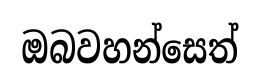
ඔබවහන්සෙත්